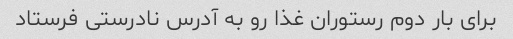
برای بار دوم رستوران غذا رو به آدرس نادرستی فرستاد